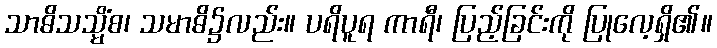
သာဓိသသ္မိံစ၊ သမာဓိ၌လည်း။ ပရိပူရ ကာရီ၊ ပြည့်ခြင်းကို ပြုလေ့ရှိ၏။